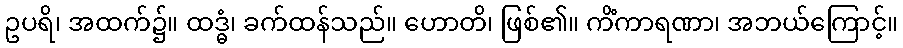
ဥပရိ၊ အထက်၌။ ထဒ္ဓံ၊ ခက်ထန်သည်။ ဟောတိ၊ ဖြစ်၏။ ကိံကာရဏာ၊ အဘယ်ကြောင့်။